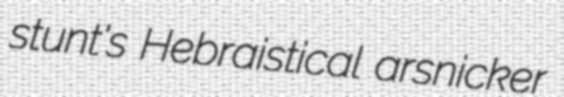
stunt's Hebraistical arsnicker